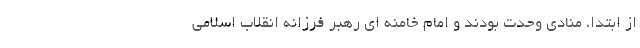
از ابتدا، منادی وحدت بودند و امام خامنه ای رهبر فرزانه انقلاب اسلامی